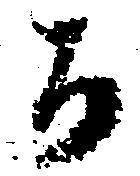
か